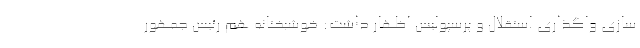
سازی واگذاری استقلال و پرسپولیس اظهار داشت: خوشبختانه هم رئیس جمهور